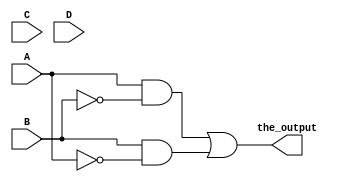
module f1(the_output,A,B,C,D);
  
	input A, B, C, D;
	output the_output;

	wire wire_not_1, wire_not_2, wire_3, wire_4;

	and gate_and_1(wire_3, A, wire_not_2);
	not gate_not_1(wire_not_1, A);
	or gate_or(the_output, wire_3, wire_4);
	not gate_not_2(wire_not_2, B);
	and gate_and_2(wire_4, B, wire_not_1);

endmodule